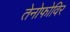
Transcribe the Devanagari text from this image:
तेनोफोविर